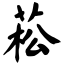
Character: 菘